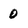
Character: 0